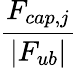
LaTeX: \displaystyle\frac{F_{cap,j}}{|F_{ub}|}